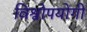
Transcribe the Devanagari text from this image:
विश्वोपयोगी